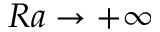
R a \to + \infty